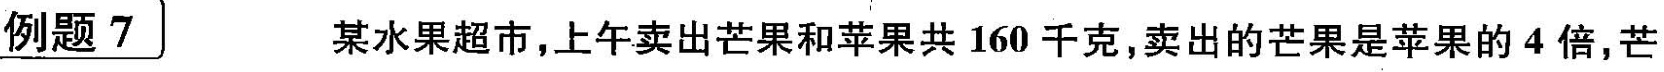
例题7某水果超市，上午卖出芒果和苹果共160千克，卖出的芒果是苹果的4倍，芒